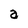
Character: a